Civil Veterinary Dept. Assam report 1927-50 - 1927-1950
Year: 1927
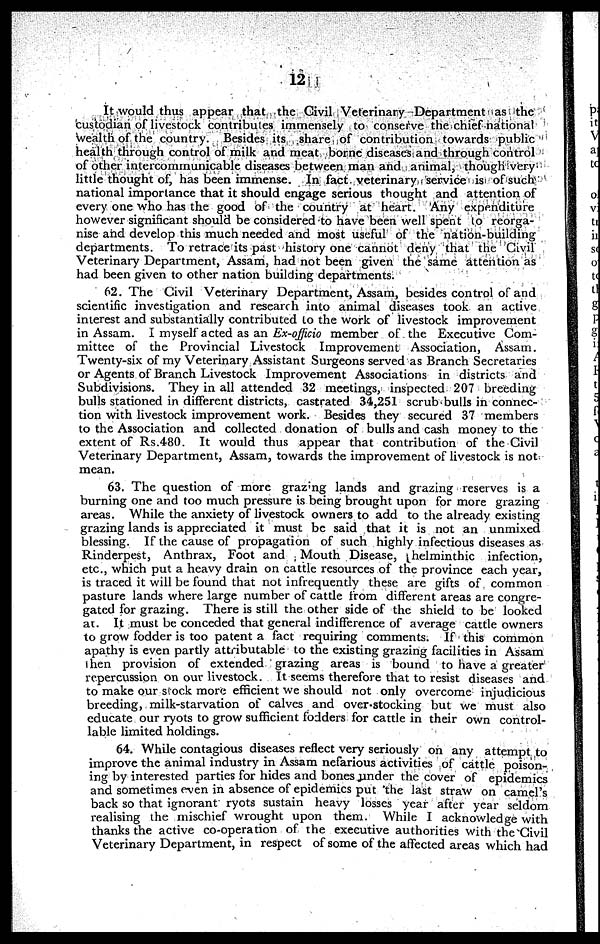
12
It would thus appear that the Civil Veterinary Department as the
custodian of livestock contributes immensely to conserve the chief national
Wealth of the country. Besides its share of contribution towards public
health through control of milk and meat borne diseases and through control
of other intercommunicable diseases between man and animal, though very
little thought of, has been immense. In fact veterinary service is of such
national importance that it should engage serious thought and attention of
every one who has the good of the country at heart. Any expenditure
however significant should be considered to have been well spent to reorga-
nise and develop this much needed and most useful of the nation-building
departments. To retrace its past history one cannot deny that the Civil
Veterinary Department, Assam, had not been given the same attention as
had been given to other nation building departments.
62. The Civil Veterinary Department, Assam, besides control of and
scientific investigation and research into animal diseases took an active
interest and substantially contributed to the work of livestock improvement
in Assam. I myself acted as an Ex-officio member of the Executive Com-
mittee of the Provincial Livestock Improvement Association, Assam.
Twenty-six of my Veterinary Assistant Surgeons served as Branch Secretaries
or Agents of Branch Livestock Improvement Associations in districts and
Subdivisions. They in all attended 32 meetings, inspected 207 breeding
bulls stationed in different districts, castrated 34,251 scrub bulls in connec-
tion with livestock improvement work. Besides they secured 37 members
to the Association and collected donation of bulls and cash money to the
extent of Rs.480. It would thus appear that contribution of the Civil
Veterinary Department, Assam, towards the improvement of livestock is not
mean.
63. The question of more grazing lands and grazing reserves is a
burning one and too much pressure is being brought upon for more grazing
areas. While the anxiety of livestock owners to add to the already existing
grazing lands is appreciated it must be said that it is not an unmixed
blessing. If the cause of propagation of such highly infectious diseases as
Rinderpest, Anthrax, Foot and Mouth Disease, helminthic infection,
etc., which put a heavy drain on cattle resources of the province each year,
is traced it will be found that not infrequently these are gifts of common
pasture lands where large number of cattle from different areas are congre-
gated for grazing. There is still the other side of the shield to be looked
at. It must be conceded that general indifference of average cattle owners
to grow fodder is too patent a fact requiring comments. If this common
apathy is even partly attributable to the existing grazing facilities in Assam
then provision of extended grazing areas is bound to have a greater
repercussion on our livestock. It seems therefore that to resist diseases and
to make our stock more efficient we should not only overcome injudicious
breeding, milk-starvation of calves and over-stocking but we must also
educate our ryots to grow sufficient fodders for cattle in their own control-
lable limited holdings.
64. While contagious diseases reflect very seriously on any attempt to
improve the animal industry in Assam nefarious activities of cattle poison-
ing by interested parties for hides and bones under the cover of epidemics
and sometimes oven in absence of epidemics put the last straw on camel's
back so that ignorant ryots sustain heavy losses year after year seldom
realising the mischief wrought upon them. While I acknowledge with
thanks the active co-operation of the executive authorities with the Civil
Veterinary Department, in respect of some of the affected areas which had